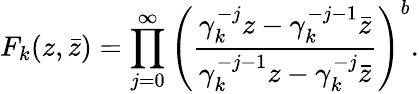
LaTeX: F_{k}(z,\bar{z})=\prod_{j=0}^{\infty}\left({\frac{\gamma_{k}^{-j}z-\gamma_{k}^{-j-1}\bar{z}}{\gamma_{k}^{-j-1}z-\gamma_{k}^{-j}\bar{z}}}\right)^{b}.